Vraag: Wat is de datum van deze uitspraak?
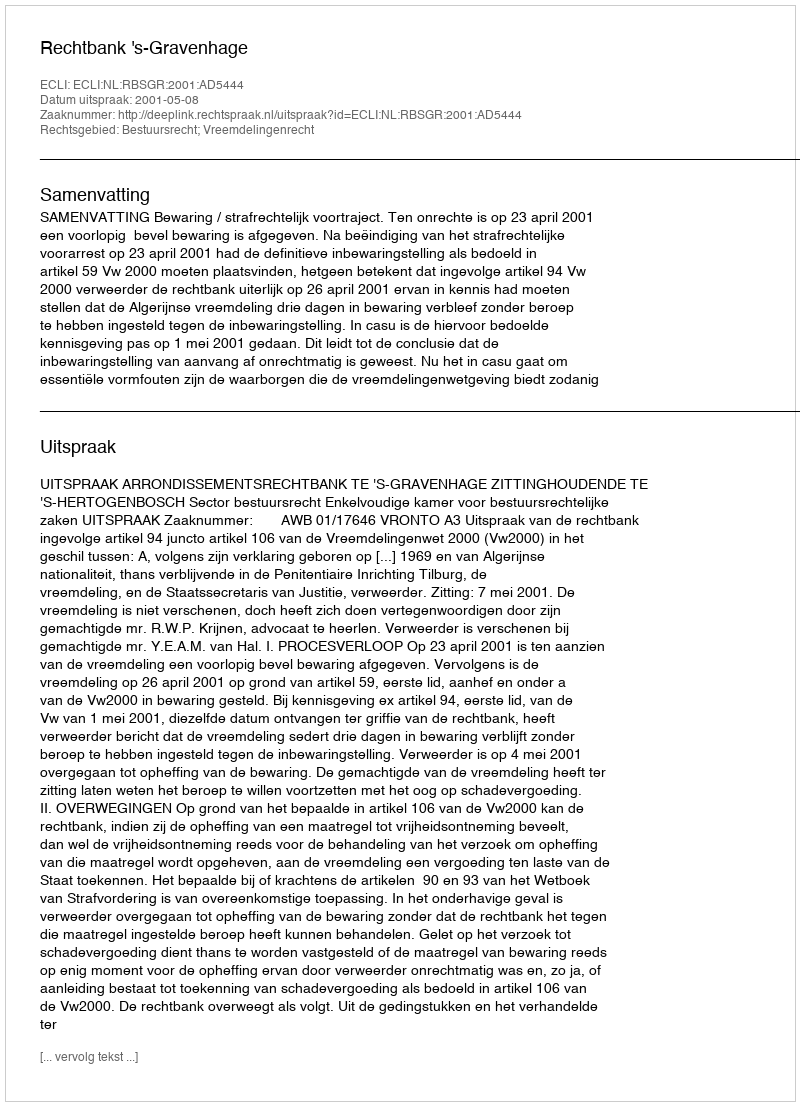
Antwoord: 2001-05-08